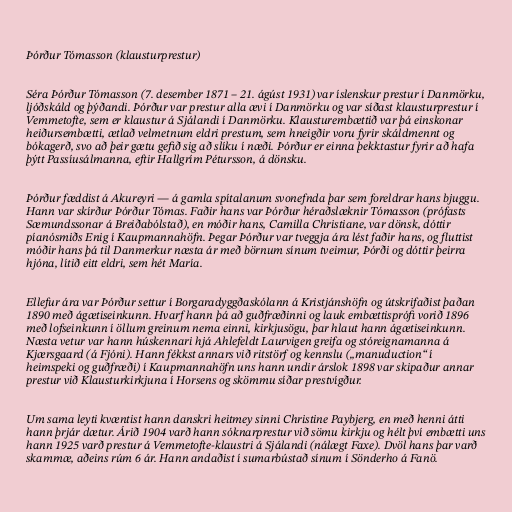
Þórður Tómasson (klausturprestur)

Séra Þórður Tómasson (7. desember 1871 – 21. ágúst 1931) var íslenskur prestur í Danmörku,
ljóðskáld og þýðandi. Þórður var prestur alla ævi í Danmörku og var síðast klausturprestur í
Vemmetofte, sem er klaustur á Sjálandi í Danmörku. Klausturembættið var þá einskonar
heiðursembætti, ætlað velmetnum eldri prestum, sem hneigðir voru fyrir skáldmennt og
bókagerð, svo að þeir gætu gefið sig að slíku í næði. Þórður er einna þekktastur fyrir að hafa
þýtt Passíusálmanna, eftir Hallgrím Pétursson, á dönsku.

Þórður fæddist á Akureyri — á gamla spítalanum svonefnda þar sem foreldrar hans bjuggu.
Hann var skírður Þórður Tómas. Faðir hans var Þórður héraðslæknir Tómasson (prófasts
Sæmundssonar á Breiðabólstað), en móðir hans, Camilla Christiane, var dönsk, dóttir
píanósmiðs Enig í Kaupmannahöfn. Þegar Þórður var tveggja ára lést faðir hans, og fluttist
móðir hans þá til Danmerkur næsta ár með börnum sínum tveimur, Þórði og dóttir þeirra
hjóna, lítið eitt eldri, sem hét María.

Ellefur ára var Þórður settur í Borgaradyggðaskólann á Kristjánshöfn og útskrifaðist þaðan
1890 með ágætiseinkunn. Hvarf hann þá að guðfræðinni og lauk embættisprófi vorið 1896
með lofseinkunn í öllum greinum nema einni, kirkjusögu, þar hlaut hann ágætiseinkunn.
Næsta vetur var hann húskennari hjá Ahlefeldt Laurvigen greifa og stóreignamanna á
Kjærsgaard (á Fjóni). Hann fékkst annars við ritstörf og kennslu („manuduction“ í
heimspeki og guðfræði) í Kaupmannahöfn uns hann undir árslok 1898 var skipaður annar
prestur við Klausturkirkjuna í Horsens og skömmu síðar prestvígður.

Um sama leyti kvæntist hann danskri heitmey sinni Christine Paybjerg, en með henni átti
hann þrjár dætur. Árið 1904 varð hann sóknarprestur við sömu kirkju og hélt því embætti uns
hann 1925 varð prestur á Vemmetofte-klaustri á Sjálandi (nálægt Faxe). Dvöl hans þar varð
skammæ, aðeins rúm 6 ár. Hann andaðist í sumarbústað sínum í Sönderho á Fanö.